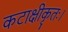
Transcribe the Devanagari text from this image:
कटाक्षीकृतः।